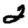
Digit: 2